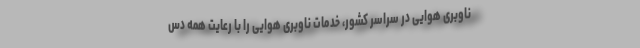
ناوبری هوایی در سراسر کشور، خدمات ناوبری هوایی را با رعایت همه دس